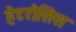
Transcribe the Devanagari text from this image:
हेटरोसिस